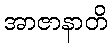
အာဇာနာတိ